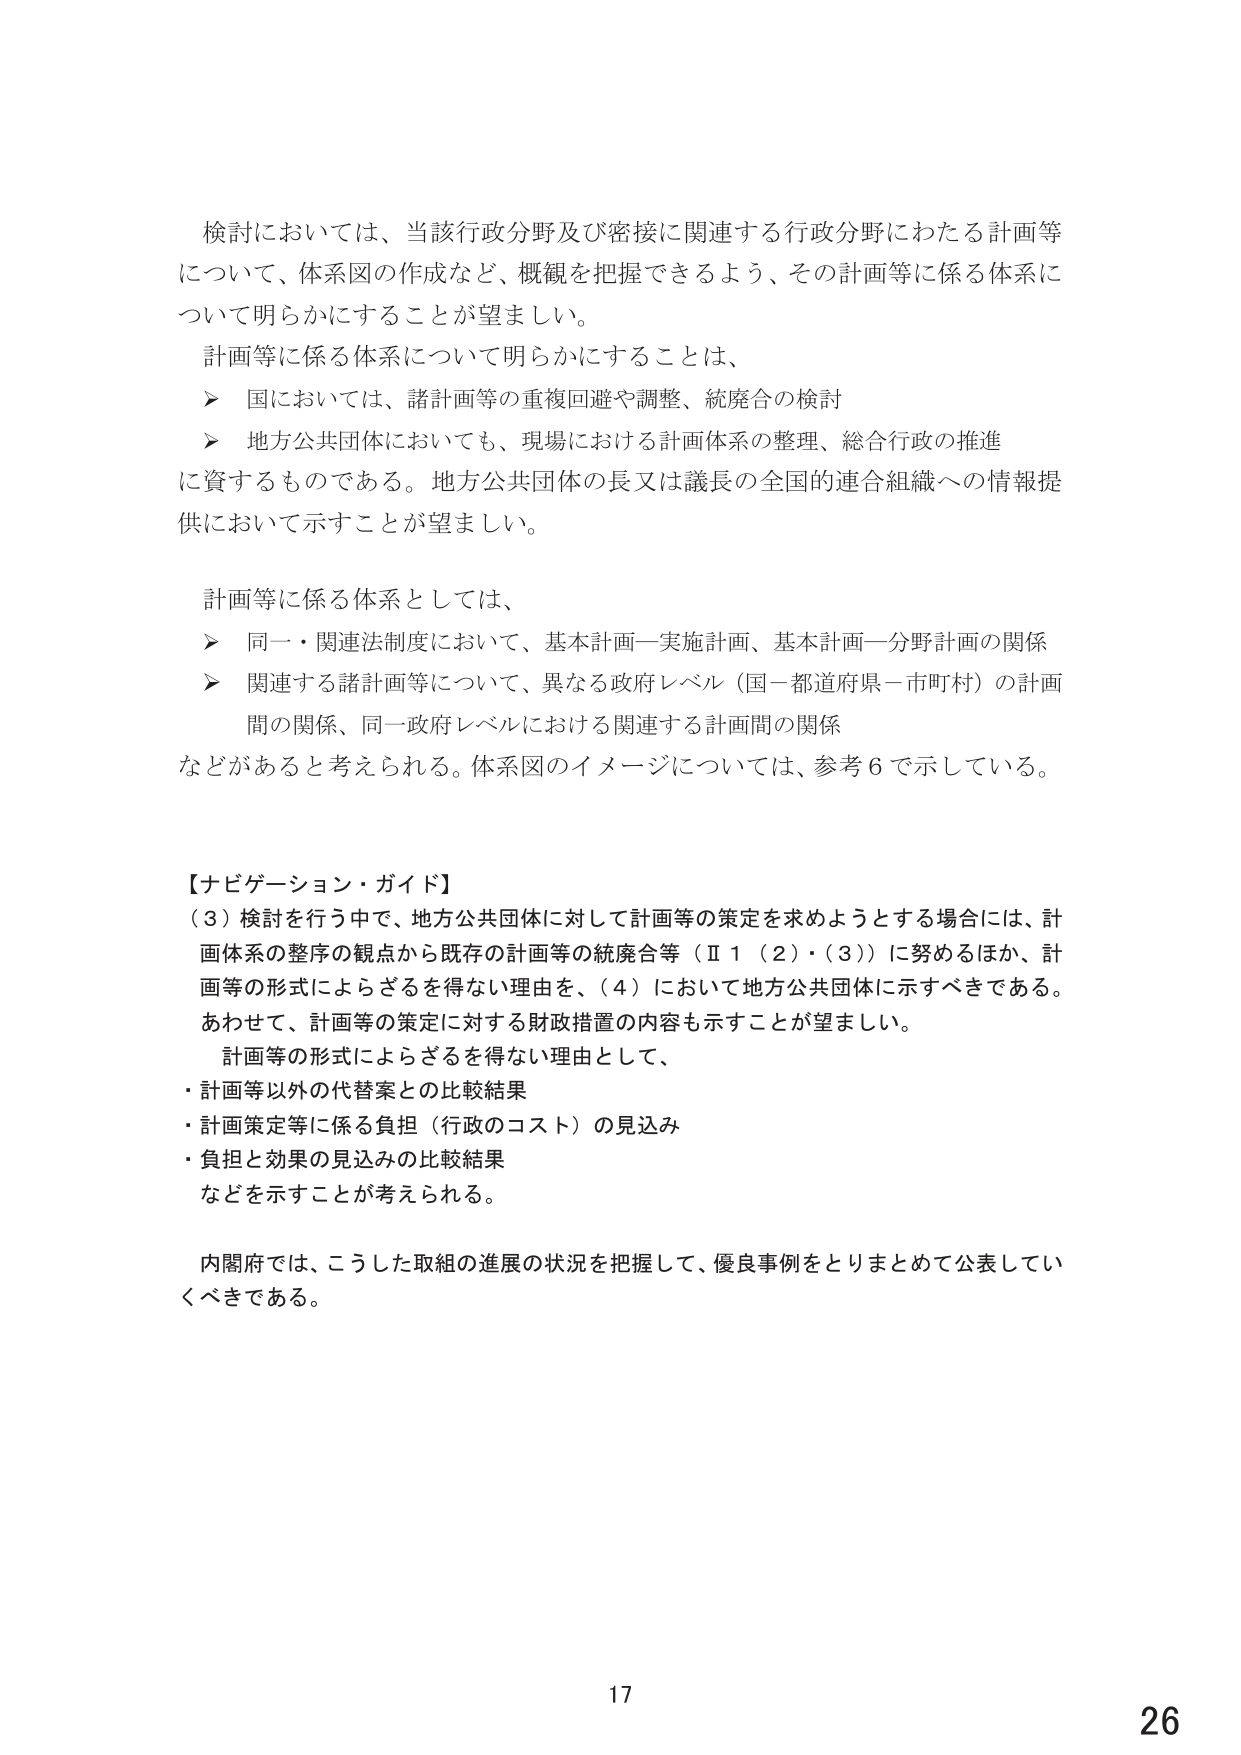
検討においては、当該行政分野及び密接に関連する行政分野にわたる計画等
について、体系図の作成など、概観を把握できるよう、その計画等に係る体系に
ついて明らかにすることが望ましい。
計画等に係る体系について明らかにすることは、
➤ 国においては、諸計画等の重複回避や調整、統廃合の検討
➤ 地方公共団体においても、現場における計画体系の整理、総合行政の推進
に資するものである。地方公共団体の長又は議長の全国的連合組織への情報提
供において示すことが望ましい。

計画等に係る体系としては、
➤ 同一・関連法制度において、基本計画―実施計画、基本計画―分野計画の関係
➤ 関連する諸計画等について、異なる政府レベル（国―都道府県―市町村）の計画
間の関係、同一政府レベルにおける関連する計画間の関係
などがあると考えられる。体系図のイメージについては、参考６で示している。

【ナビゲーション・ガイド】
（３）検討を行う中で、地方公共団体に対して計画等の策定を求めようとする場合には、計
画体系の整序の観点から既存の計画等の統廃合等（Ⅱ１（２）・（３））に努めるほか、計
画等の形式によらざるを得ない理由を、（４）において地方公共団体に示すべきである。
あわせて、計画等の策定に対する財政措置の内容も示すことが望ましい。
計画等の形式によらざるを得ない理由として、
・計画等以外の代替案との比較結果
・計画策定等に係る負担（行政のコスト）の見込み
・負担と効果の見込みの比較結果
などを示すことが考えられる。

内閣府では、こうした取組の進展の状況を把握して、優良事例をとりまとめて公表してい
くべきである。

17
26